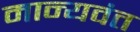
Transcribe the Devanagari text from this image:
मान्यवंत